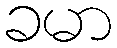
ခမာ